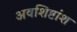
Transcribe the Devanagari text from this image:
अवशिष्टांश